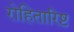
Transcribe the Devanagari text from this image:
रोहितारिष्ट